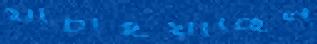
যাচাইয়াছেন